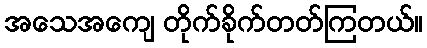
အသေအကျေ တိုက်ခိုက်တတ်ကြတယ်။